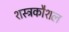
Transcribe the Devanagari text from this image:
शस्त्रकौशल